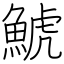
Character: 鯱